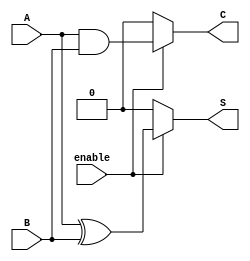
module Conditional_Half_Adder (
    input wire A,          // First input bit
    input wire B,          // Second input bit
    input wire enable,     // Control signal to enable addition
    output reg S,          // Sum output
    output reg C           // Carry output
);

// Always block to compute outputs based on control signal
always @(*) begin
    if (enable) begin
        // Perform addition when enabled
        S = A ^ B;        // Sum: A XOR B
        C = A & B;        // Carry: A AND B
    end else begin
        // Set outputs to 0 when not enabled
        S = 1'b0;         // Reset Sum
        C = 1'b0;         // Reset Carry
    end
end

endmodule